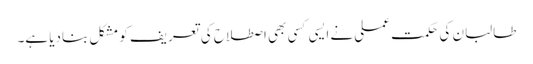
طالبان کی حکمت عملی نے ایسی کسی بھی اصطلاح کی تعریف کو مشکل بنادیا ہے۔